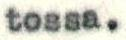
tossa.